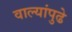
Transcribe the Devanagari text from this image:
वाल्यांपुढे